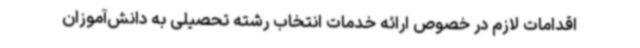
اقدامات لازم در خصوص ارائه خدمات انتخاب رشته تحصیلی به دانش‌آموزان